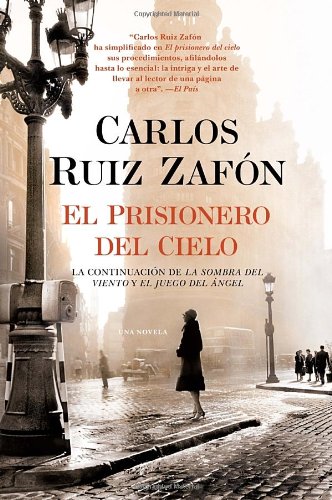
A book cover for El Prisionero del Cielo (Spanish Edition); Carlos Ruiz Zafon; Mystery, Thriller & Suspense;